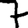
Digit: 7